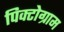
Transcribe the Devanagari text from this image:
पिक्टोग्राम